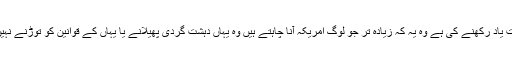
جو بات یاد رکھنے کی ہے وہ یہ کہ زیادہ تر جو لوگ امریکہ آنا چاہتے ہیں وہ یہاں دہشت گردی پھیلانے یا یہاں کے قوانین کو توڑنے نہیں آتے۔